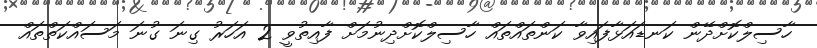
ހާސިލްކޮށްދޭން ކަނޑައަޅާފައިވާ ކަންތައްތައް ހާސިލްކޮށްދިނުމަށް ފާއިތުވީ 2 އަހަރު ގިނަ ގުނަ މަސައްކަތްތައް